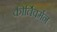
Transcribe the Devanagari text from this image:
कीर्तिवर्मन